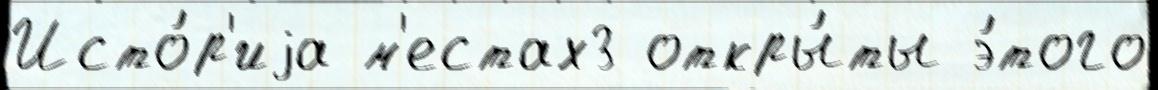
Исто́р'иjа м'естах3 откры́ты э́того